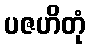
ပဇဟိတုံ